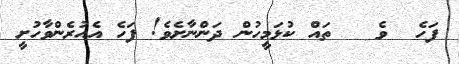
ފަހެ  ވެ   ތައް ކުޅަމީހުން ދަންނާށެވެ! ފަހެ އެއުރެންވާހުށީ